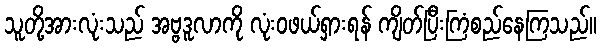
သူတို့အားလုံးသည် အဗ္ဗဒူလာကို လုံးဝဖယ်ရှားရန် ကျိတ်ပြီးကြံစည်နေကြသည်။